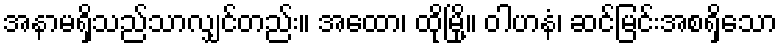
အနာမရှိသည်သာလျှင်တည်း။ အထော၊ ထိုမြို့။ ဝါဟနံ၊ ဆင်မြင်းအစရှိသော